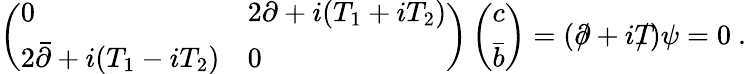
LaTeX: \left(\begin{array}{ll}{{0}}&{{2\partial+i(T_{1}+iT_{2})}}\\ {{2\bar{\partial}+i(T_{1}-iT_{2})}}&{{0}}\end{array}\right)\left(\begin{array}{l}{{c}}\\ {{\bar{b}}}\end{array}\right)=(\partial\! \! \! /+iT\! \! \! \! /)\psi=0\ .